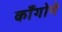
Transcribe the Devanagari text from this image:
काँगोने